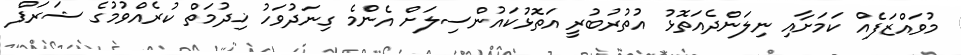
މުވައްޒަފެއް ކަމަށާއި ނިލަންދެއަތޮޅު އުތުރުބުރީ އަތޮޅުކައުންސިލަށް އެންމެ ގިނަދުވަހު ޚިދުމަތް ކުރެއްވުމުގެ ޝަރަފް